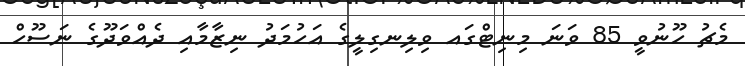
މެޗު ހޫނުވީ 85 ވަނަ މިނިޓްގައ ވިލިނގިލީގެ އަހުމަދު ނިޒާމާއި ދެއްވަދޫގެ ނަސޫހް